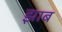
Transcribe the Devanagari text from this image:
झाब